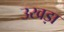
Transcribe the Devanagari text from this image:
उखड़ा